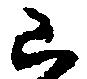
山